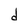
Character: d